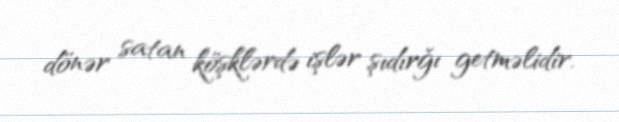
dönər satan köşklərdə işlər şıdırğı getməlidir.